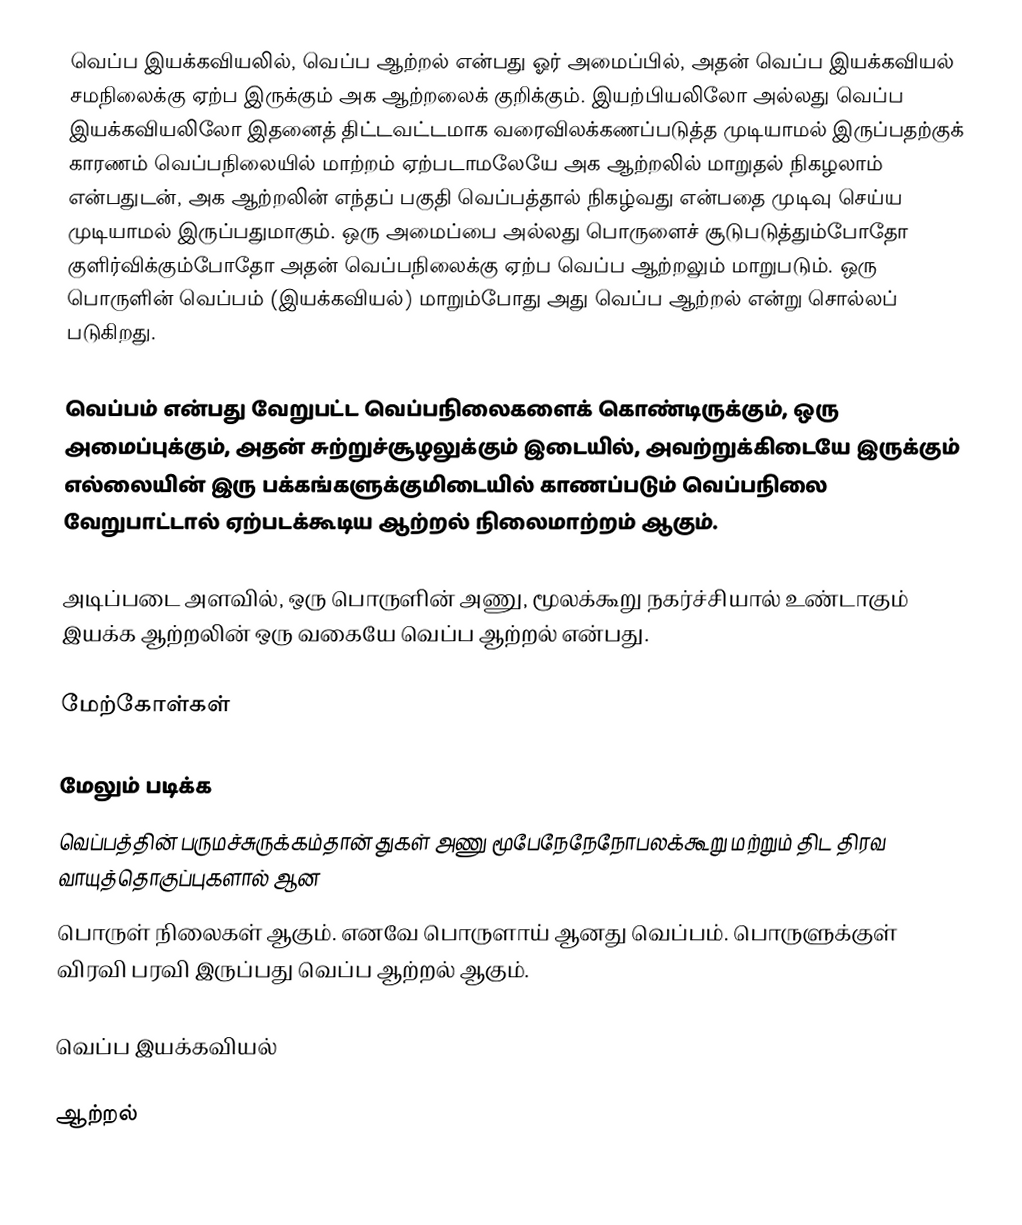
வெப்ப இயக்கவியலில், வெப்ப ஆற்றல் என்பது ஓர் அமைப்பில், அதன் வெப்ப இயக்கவியல் சமநிலைக்கு ஏற்ப இருக்கும் அக ஆற்றலைக் குறிக்கும்.  இயற்பியலிலோ அல்லது வெப்ப இயக்கவியலிலோ இதனைத் திட்டவட்டமாக வரைவிலக்கணப்படுத்த முடியாமல் இருப்பதற்குக் காரணம் வெப்பநிலையில் மாற்றம் ஏற்படாமலேயே அக ஆற்றலில் மாறுதல் நிகழலாம் என்பதுடன், அக ஆற்றலின் எந்தப் பகுதி வெப்பத்தால் நிகழ்வது என்பதை முடிவு செய்ய முடியாமல் இருப்பதுமாகும். ஒரு அமைப்பை அல்லது பொருளைச் சூடுபடுத்தும்போதோ குளிர்விக்கும்போதோ அதன் வெப்பநிலைக்கு ஏற்ப வெப்ப ஆற்றலும் மாறுபடும். ஒரு பொருளின் வெப்பம் (இயக்கவியல்) மாறும்போது அது வெப்ப ஆற்றல் என்று சொல்லப் படுகிறது.

வெப்பம் என்பது வேறுபட்ட வெப்பநிலைகளைக் கொண்டிருக்கும், ஒரு அமைப்புக்கும், அதன் சுற்றுச்சூழலுக்கும் இடையில், அவற்றுக்கிடையே இருக்கும் எல்லையின் இரு பக்கங்களுக்குமிடையில் காணப்படும் வெப்பநிலை வேறுபாட்டால் ஏற்படக்கூடிய ஆற்றல் நிலைமாற்றம் ஆகும்.

அடிப்படை அளவில், ஒரு பொருளின் அணு, மூலக்கூறு நகர்ச்சியால் உண்டாகும் இயக்க ஆற்றலின் ஒரு வகையே வெப்ப ஆற்றல் என்பது.

மேற்கோள்கள்

மேலும் படிக்க
வெப்பத்தின் பருமச்சுருக்கம்தான்  துகள் அணு மூபேநேநேநோபலக்கூறு மற்றும் திட திரவ வாயுத்தொகுப்புகளால் ஆன
பொருள் நிலைகள் ஆகும். எனவே பொருளாய் ஆனது வெப்பம். பொருளுக்குள் விரவி பரவி இருப்பது வெப்ப ஆற்றல் ஆகும்.

 வெப்ப இயக்கவியல்

ஆற்றல்